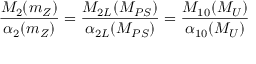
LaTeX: \frac { M _ { 2 } ( m _ { Z } ) } { \alpha _ { 2 } ( m _ { Z } ) } = \frac { M _ { 2 L } ( M _ { P S } ) } { \alpha _ { 2 L } ( M _ { P S } ) } = \frac { M _ { 1 0 } ( M _ { U } ) } { \alpha _ { 1 0 } ( M _ { U } ) }